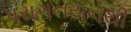
પરાગનયનથી